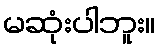
မဆုံးပါဘူး။